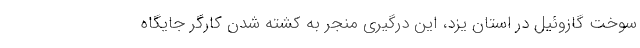
سوخت گازوئیل در استان یزد، این درگیری منجر به کشته شدن کارگر جایگاه